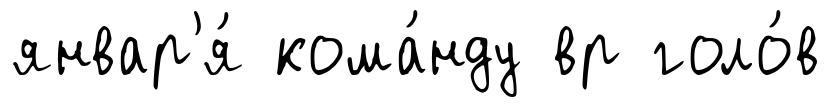
январ'я́ кома́нду вр голо́в